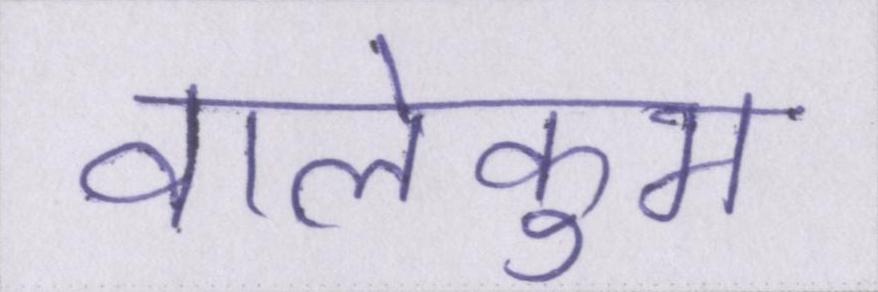
वालेकुम